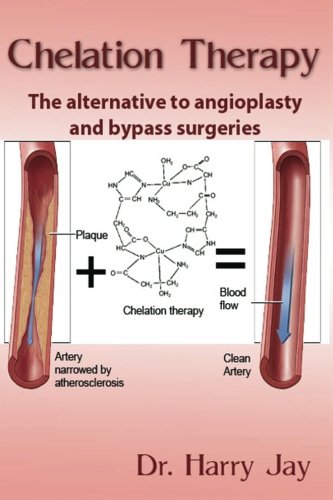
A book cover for Chelation Therapy: The Alternative to Angioplasty and Bypass Surgeries; Dr. Harry Jay; Health, Fitness & Dieting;